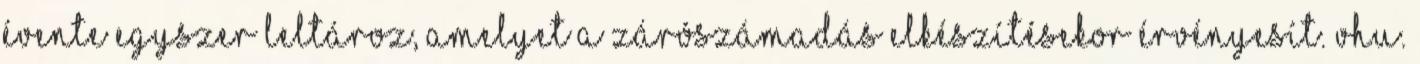
évente egyszer leltároz, amelyet a zárószámadás elkészítésekor érvényesít. Vhu.